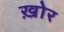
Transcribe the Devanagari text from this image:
ख़ोर